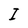
Character: I